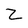
Character: Z